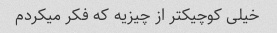
خیلی کوچیکتر از چیزیه که فکر میکردم